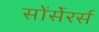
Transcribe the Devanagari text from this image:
सोंर्सेरर्स